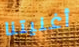
أغنيتنا